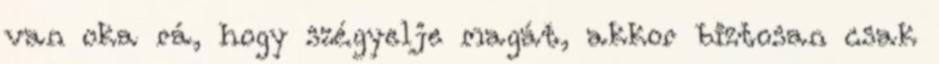
van oka rá, hogy szégyelje magát, akkor biztosan csak